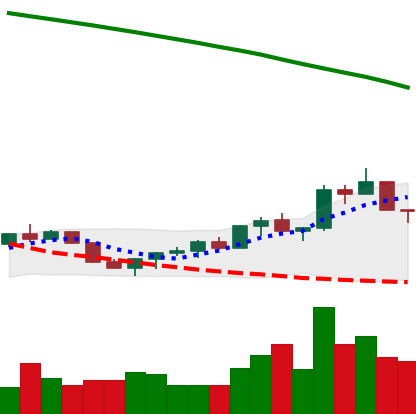
Ticker: EOS-USD
Chart end date: 2022-07-26
Forward return: 20.081%
Label: up_7plus